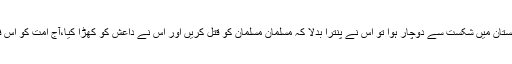
انہوں نے کہا کہ امریکہ عراق،افغانستان میں شکست سے دوچار ہوا تو اس نے پنترا بدلا کہ مسلمان مسلمان کو قتل کریں اور اس نے داعش کو کھڑا کیا،آج امت کو اس فتنے سے بچانے کی ضرورت ہے۔